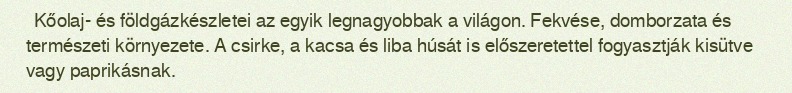
Kőolaj- és földgázkészletei az egyik legnagyobbak a világon. Fekvése, domborzata és természeti környezete. A csirke, a kacsa és liba húsát is előszeretettel fogyasztják kisütve vagy paprikásnak.